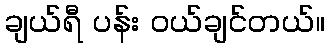
ချယ်ရီ ပန်း ဝယ်ချင်တယ်။